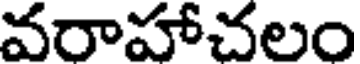
వరాహాచలం